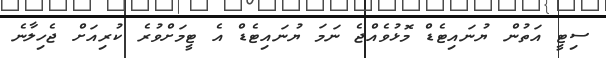
ސިޓީ އަތުން ޔުނައިޓެޑް މޮޅުވެއްޖެ ނަަމަ ޔުނައިޓެޑް އެ ޓީމަށްވުރެ ކުރިއަށް ޖެހިލާނެ